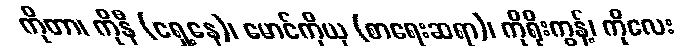
ကိုတာ၊ ကိုနီ (ရှေ့နေ)၊ မောင်ကိုယု (စာရေးဆရာ)၊ ကိုရိုးကွန့်၊ ကိုလေး